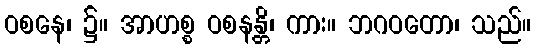
ဝစနေ၊ ၌။ အာဟစ္စ ဝစနန္တိ၊ ကား။ ဘဂဝတော၊ သည်။